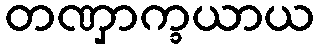
တဏှာက္ခယာယ